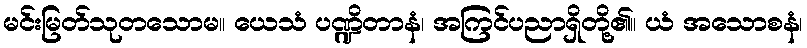
မင်းမြတ်သုတသောမ။ ယေသံ ပဏ္ဍိတာနံ၊ အကြင်ပညာရှိတို့၏။ ယံ အသောစနံ၊